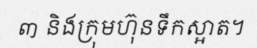
៣ និងក្រុមហ៊ុនទឹកស្អាត។